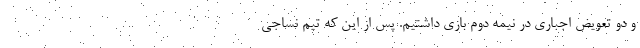
و دو تعویض اجباری در نیمه دوم بازی داشتیم. پس از این که تیم نساجی